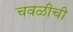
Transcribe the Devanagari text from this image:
चवळीची